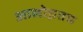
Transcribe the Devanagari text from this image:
आलोच्नतम